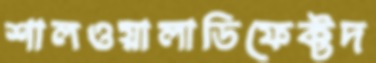
শালওয়ালাডিফেক্টদ